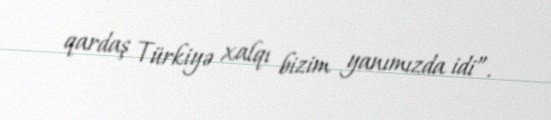
qardaş Türkiyə xalqı bizim yanımızda idi”.